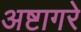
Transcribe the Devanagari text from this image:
अष्टागरे